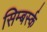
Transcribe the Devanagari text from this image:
सिम्बर्स्क